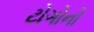
ટોગોનો